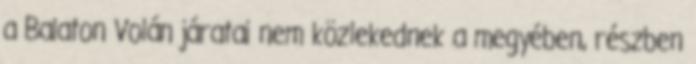
a Balaton Volán járatai nem közlekednek a megyében, részben